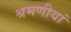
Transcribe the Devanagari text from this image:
श्रमणीयां